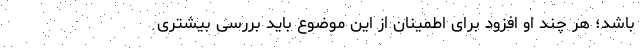
باشد؛ هر چند او افزود برای اطمینان از این موضوع باید بررسی بیشتری